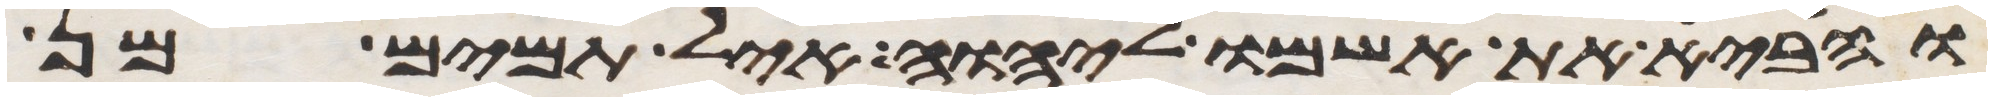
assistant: והביא את אשמו ליהוה איל תמים מן